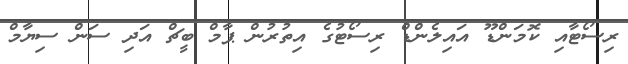
ރިސޯޓާއި ކޮމަންޑޫ އައިލެންޑް ރިސޯޓުގެ އިތުރުން ޕާމް ބީޗް އަދި ސަން ސިޔާމް